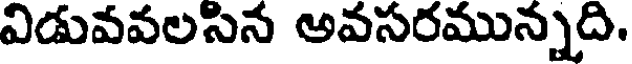
విడువవలసిన అవసరమున్నది.